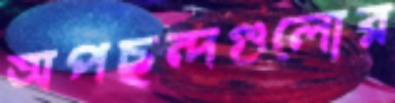
অপছন্দগুলোর